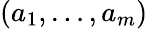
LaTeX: (a_{1},\ldots,a_{m})